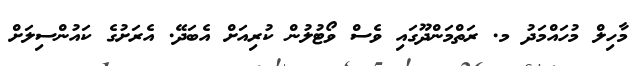
މާހިލް މުހައްމަދު މ. ރަތްމަންދޫގައި ވެސް ވޯޓުލުން ކުރިއަށް އެބަދޭ. އެރަށުގެ ކައުންސިލަށް